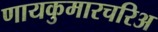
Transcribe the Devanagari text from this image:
णायकुमारचरिअ